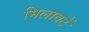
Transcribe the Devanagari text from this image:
मिलावटें